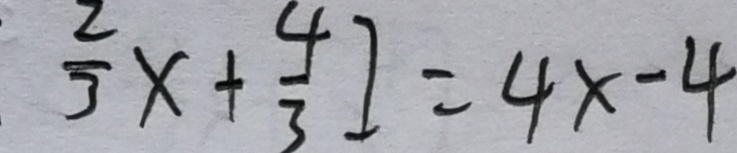
\frac { 2 } { 3 } x + \frac { 4 } { 3 } ] = 4 x - 4